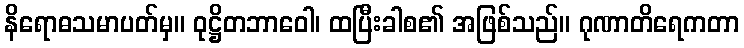
နိရောဓသမာပတ်မှ။ ဝုဋ္ဌိတဘာဝေါ၊ ထပြီးခါစ၏ အဖြစ်သည်။ ဂုဏာတိရေကတာ